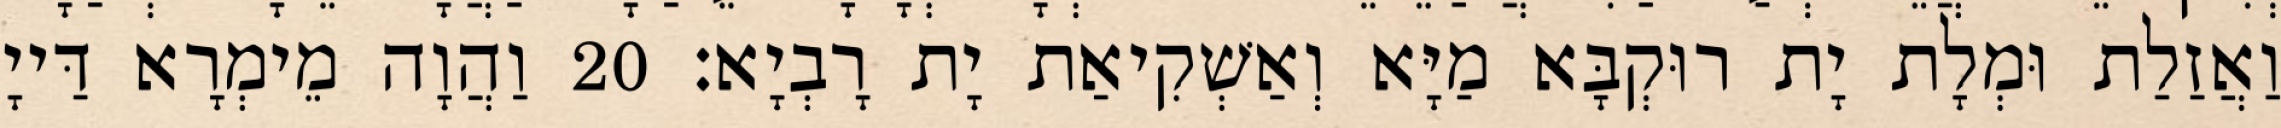
וַאֲזַלַת וּמְלָת יָת רוּקְבָּא מַיָּא וְאַשְׁקִיאַת יָת רָבְיָא׃ 20 וַהֲוָה מֵימְרָא דַּייָ